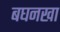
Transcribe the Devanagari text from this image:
बघनखा